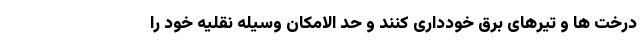
درخت ها و تیرهای برق خودداری کنند و حد الامکان وسیله نقلیه خود را